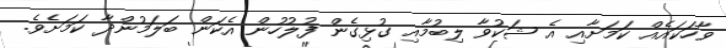
ވާހަކައެއް ކަމަށާއި އެ ޝަކުވާ ލިބުމާއި ގުޅިގެން ފުލުހުން އެކަން ބަލަމުންދާ ކަމަށެވެ.